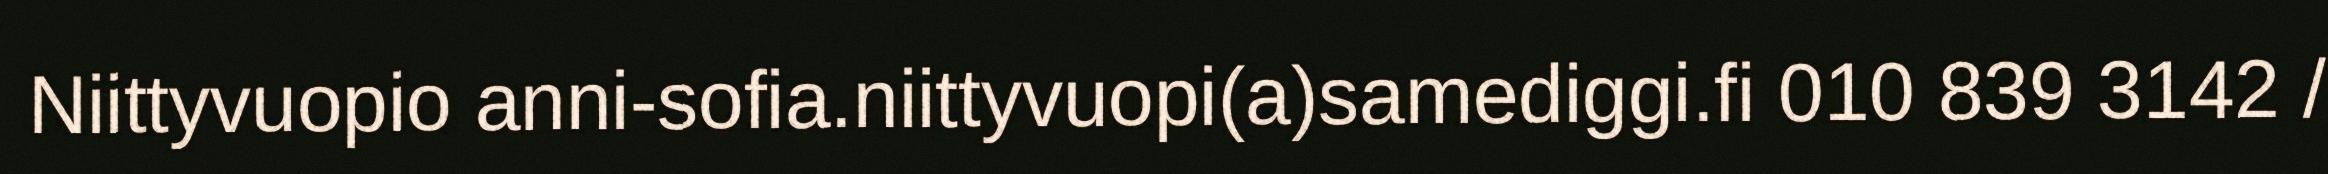
Niittyvuopio anni-sofia.niittyvuopi(a)samediggi.fi 010 839 3142 /